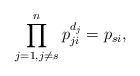
LaTeX: \begin{align*}\prod_{j=1, j\neq s}^n p_{ji}^{d_j}=p_{si},\end{align*}